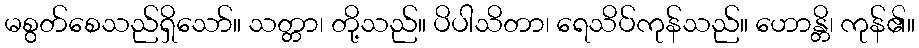
မစွတ်စေသည်ရှိသော်။ သတ္တာ၊ တို့သည်။ ပိပါသိတာ၊ ရေသိပ်ကုန်သည်။ ဟောန္တိ၊ ကုန်၏။